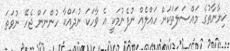
ޚިޔާނާތުގެ މައްސަލަތަކަށް ހައްލެއް ނުފެނުމަކީ އެ ވާހަކަ ނުދައްކާ ހުންނަން ޖެހޭ ނުވަތަ